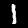
Digit: 1